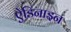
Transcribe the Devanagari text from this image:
ऐडिनाइन